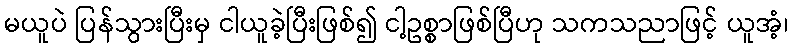
မယူပဲ ပြန်သွားပြီးမှ ငါယူခဲ့ပြီးဖြစ်၍ ငါ့ဥစ္စာဖြစ်ပြီဟု သကသညာဖြင့် ယူအံ့၊